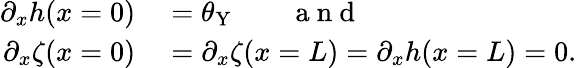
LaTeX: \begin{array}{rl}{\partial_{x}h(x=0)}&{{}=\theta_{\mathrm{Y}}\qquad\mathrm{~a~n~d~}}\\ {\partial_{x}\zeta(x=0)}&{{}=\partial_{x}\zeta(x=L)=\partial_{x}h(x=L)=0.}\end{array}